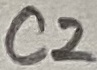
Text: C2